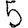
Digit: 5